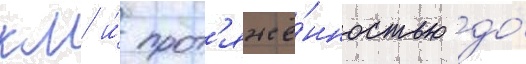
км и́ прот'яжё́нностью до́